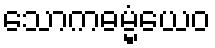
သောကဓမ္မံယေဝ